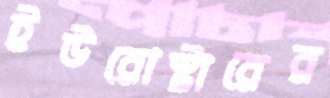
ইউরোস্টারের